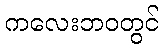
ကလေးဘဝတွင်